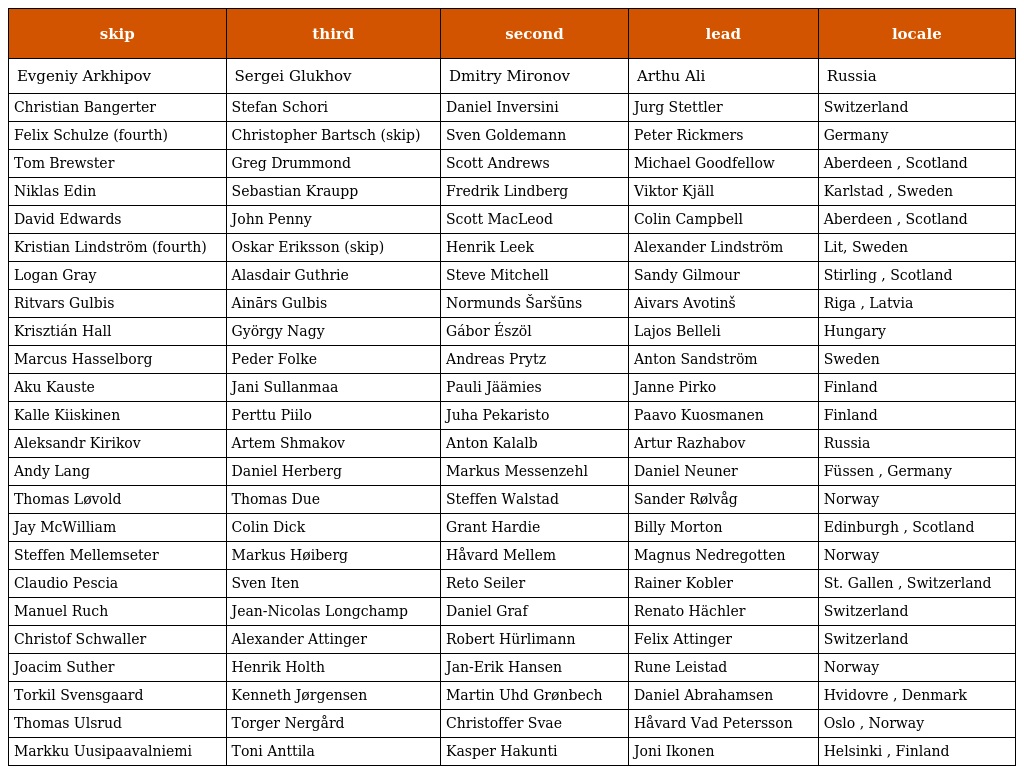
| skip | third | second | lead | locale |
 | --- | --- | --- | --- | --- |
 | Evgeniy Arkhipov | Sergei Glukhov | Dmitry Mironov | Arthu Ali | Russia |
 | Christian Bangerter | Stefan Schori | Daniel Inversini | Jurg Stettler | Switzerland |
 | Felix Schulze (fourth) | Christopher Bartsch (skip) | Sven Goldemann | Peter Rickmers | Germany |
 | Tom Brewster | Greg Drummond | Scott Andrews | Michael Goodfellow | Aberdeen , Scotland |
 | Niklas Edin | Sebastian Kraupp | Fredrik Lindberg | Viktor Kjäll | Karlstad , Sweden |
 | David Edwards | John Penny | Scott MacLeod | Colin Campbell | Aberdeen , Scotland |
 | Kristian Lindström (fourth) | Oskar Eriksson (skip) | Henrik Leek | Alexander Lindström | Lit, Sweden |
 | Logan Gray | Alasdair Guthrie | Steve Mitchell | Sandy Gilmour | Stirling , Scotland |
 | Ritvars Gulbis | Ainārs Gulbis | Normunds Šaršūns | Aivars Avotinš | Riga , Latvia |
 | Krisztián Hall | György Nagy | Gábor Észöl | Lajos Belleli | Hungary |
 | Marcus Hasselborg | Peder Folke | Andreas Prytz | Anton Sandström | Sweden |
 | Aku Kauste | Jani Sullanmaa | Pauli Jäämies | Janne Pirko | Finland |
 | Kalle Kiiskinen | Perttu Piilo | Juha Pekaristo | Paavo Kuosmanen | Finland |
 | Aleksandr Kirikov | Artem Shmakov | Anton Kalalb | Artur Razhabov | Russia |
 | Andy Lang | Daniel Herberg | Markus Messenzehl | Daniel Neuner | Füssen , Germany |
 | Thomas Løvold | Thomas Due | Steffen Walstad | Sander Rølvåg | Norway |
 | Jay McWilliam | Colin Dick | Grant Hardie | Billy Morton | Edinburgh , Scotland |
 | Steffen Mellemseter | Markus Høiberg | Håvard Mellem | Magnus Nedregotten | Norway |
 | Claudio Pescia | Sven Iten | Reto Seiler | Rainer Kobler | St. Gallen , Switzerland |
 | Manuel Ruch | Jean-Nicolas Longchamp | Daniel Graf | Renato Hächler | Switzerland |
 | Christof Schwaller | Alexander Attinger | Robert Hürlimann | Felix Attinger | Switzerland |
 | Joacim Suther | Henrik Holth | Jan-Erik Hansen | Rune Leistad | Norway |
 | Torkil Svensgaard | Kenneth Jørgensen | Martin Uhd Grønbech | Daniel Abrahamsen | Hvidovre , Denmark |
 | Thomas Ulsrud | Torger Nergård | Christoffer Svae | Håvard Vad Petersson | Oslo , Norway |
 | Markku Uusipaavalniemi | Toni Anttila | Kasper Hakunti | Joni Ikonen | Helsinki , Finland |